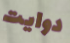
دوايت